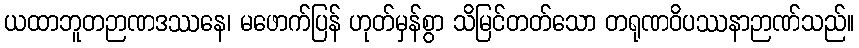
ယထာဘူတဉာဏဒဿနေ၊ မဖောက်ပြန် ဟုတ်မှန်စွာ သိမြင်တတ်သော တရုဏဝိပဿနာဉာဏ်သည်။